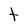
Character: t